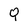
Character: Q